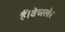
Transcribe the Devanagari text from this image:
हैं।वेच्स्लेर